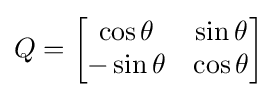
Q={\begin{bmatrix}\cos \theta &\sin \theta \\-\sin \theta &\cos \theta \end{bmatrix}}